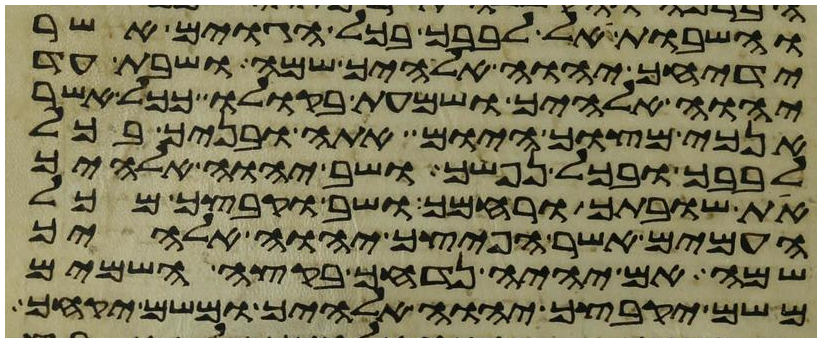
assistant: והשבות אל לבבך בכל הגוים אשר
ידיחך יהוה אלהיך שמה ושבת עד
יהוה אלהיך ושמעת בקולו ככל אשר
אנכי מצוך היום אתה ובניך בכל
לבבך ובכל נפשך ושב יהוה אלהיך
את שובתך ורחמך ושב וקבצך מכל
העמים אשר הפיצך יהוה אלהיך
שם אם יהיה נדחך בקצה השמים
משם יקבצך יהוה אלהיך ומשם יקחך